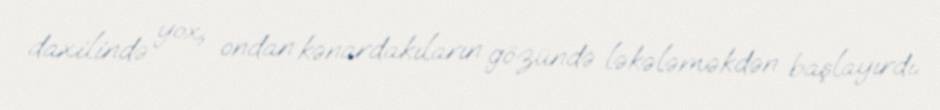
daxilində yox, ondan kənardakıların gözündə ləkələməkdən başlayırdı.